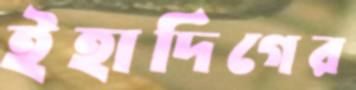
ইহাদিগের